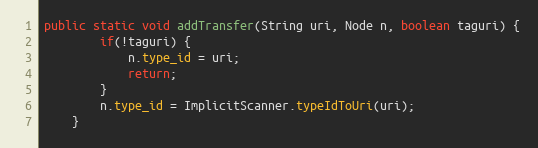
Language: Java
public static void addTransfer(String uri, Node n, boolean taguri) {
        if(!taguri) {
            n.type_id = uri;
            return;
        }
        n.type_id = ImplicitScanner.typeIdToUri(uri);
    }